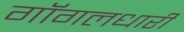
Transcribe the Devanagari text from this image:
गॉगलधारी